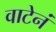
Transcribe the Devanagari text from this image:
वाटेनं